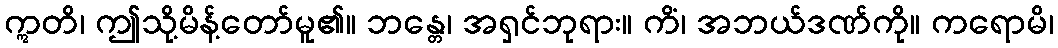
ဣတိ၊ ဤသို့မိန့်တော်မူ၏။ ဘန္တေ၊ အရှင်ဘုရား။ ကိံ၊ အဘယ်ဒဏ်ကို။ ကရောမိ၊